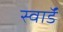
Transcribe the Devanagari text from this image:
स्वाॅर्ड